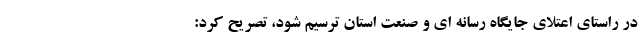
در راستای اعتلای جایگاه رسانه ای و صنعت استان ترسیم شود، تصریح کرد: